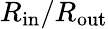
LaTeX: R_{\mathrm{in}}/R_{\mathrm{out}}